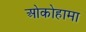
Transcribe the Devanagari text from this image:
ओकोहामा